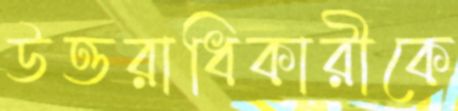
উত্তরাধিকারীকে